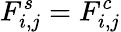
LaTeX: F_{i,j}^{s}=F_{i,j}^{c}